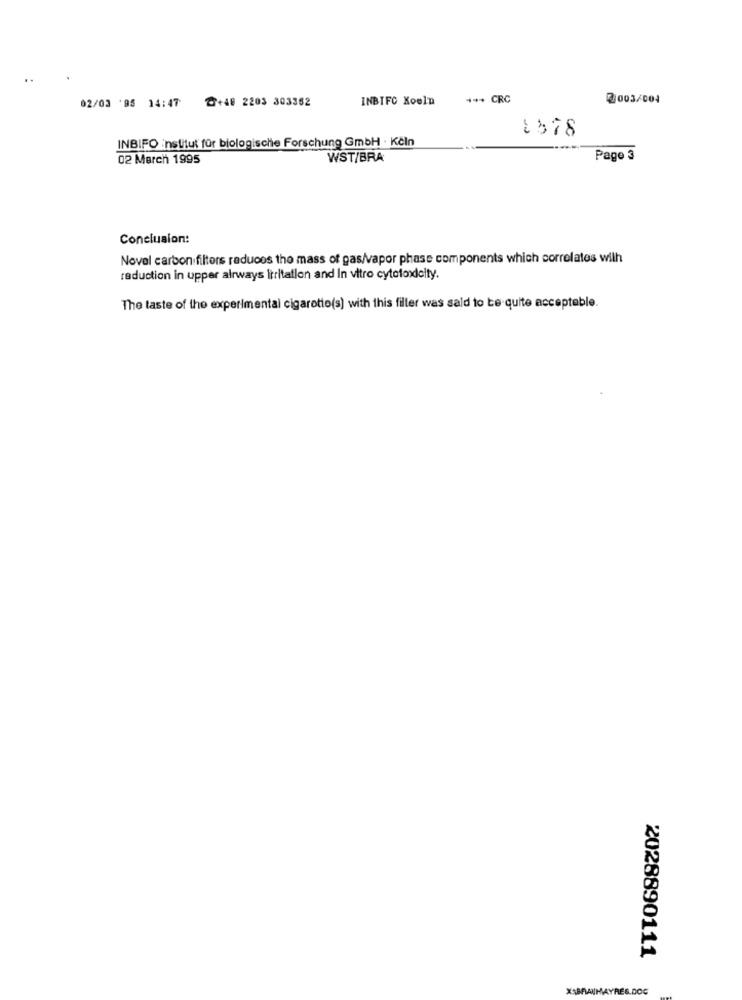
..
02/03 '95 14:47 ₴+48 2203 303352
INBIFC Koeln
*** CRC
2003/004
1578
INBIFO institut für biologische Forschung GmbH . KčIn
02 March 1995
WST/BRA
Pago 3
Conclusion:
Novel carbon filters reduces tho mass of gas/vapor phase components which correlates wilh
reduction in upper airways irritation and In vitro cytotoxicity.
The taste of the experimental cigarotto(s) with this filler was sald to be quite acceptable.
2028890111
XSBRAUMAYRES.DOG